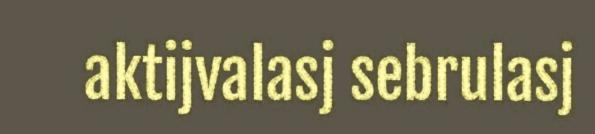
aktijvalasj sebrulasj